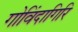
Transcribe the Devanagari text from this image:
गोविंदागिरि